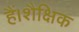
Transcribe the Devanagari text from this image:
हैं।शैक्षिक